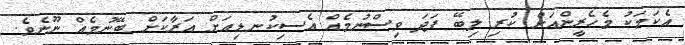
އެކަމަކު މެހެރީންއަށް ކުރި ލިބޭ ފަދަ ވިސްނުމެއް އެސިކުނޑިއަށް އަރާކަށް ބޭނުމެއް ނޫނެވެ.